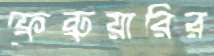
ফ্রেব্রুয়ারির